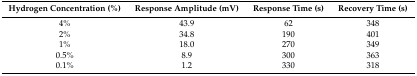
<table><thead><tr><td><b>Hydrogen Concentration (%)</b></td><td><b>Response Amplitude (mV)</b></td><td><b>Response Time (s)</b></td><td><b>Recovery Time (s)</b></td></tr></thead><tbody><tr><td>4%</td><td>43.9</td><td>62</td><td>348</td></tr><tr><td>2%</td><td>34.8</td><td>190</td><td>401</td></tr><tr><td>1%</td><td>18.0</td><td>270</td><td>349</td></tr><tr><td>0.5%</td><td>8.9</td><td>300</td><td>363</td></tr><tr><td>0.1%</td><td>1.2</td><td>330</td><td>318</td></tr></tbody></table>